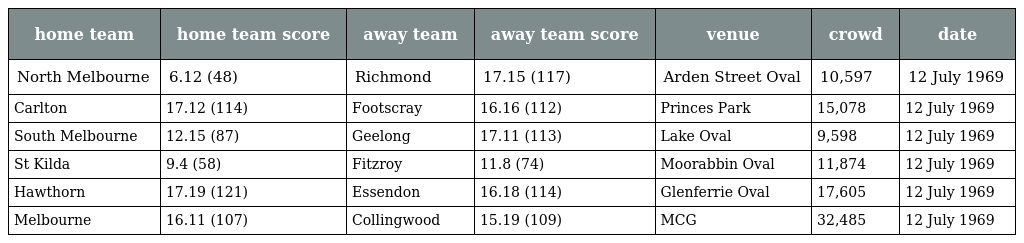
| home team | home team score | away team | away team score | venue | crowd | date |
 | --- | --- | --- | --- | --- | --- | --- |
 | North Melbourne | 6.12 (48) | Richmond | 17.15 (117) | Arden Street Oval | 10,597 | 12 July 1969 |
 | Carlton | 17.12 (114) | Footscray | 16.16 (112) | Princes Park | 15,078 | 12 July 1969 |
 | South Melbourne | 12.15 (87) | Geelong | 17.11 (113) | Lake Oval | 9,598 | 12 July 1969 |
 | St Kilda | 9.4 (58) | Fitzroy | 11.8 (74) | Moorabbin Oval | 11,874 | 12 July 1969 |
 | Hawthorn | 17.19 (121) | Essendon | 16.18 (114) | Glenferrie Oval | 17,605 | 12 July 1969 |
 | Melbourne | 16.11 (107) | Collingwood | 15.19 (109) | MCG | 32,485 | 12 July 1969 |